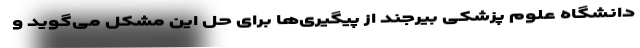
دانشگاه علوم پزشکی بیرجند از پیگیری‌ها برای حل این مشکل می‌گوید و